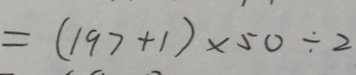
= ( 1 9 7 + 1 ) \times 5 0 \div 2